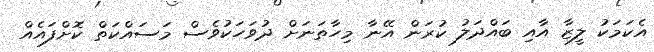
އެކަމަކު ލީޒާ އާއި ބައްދަލު ކުރަން އޭނާ މިހާތަނަށް ދުވަހަކުވެސް މަސައްކަތް ކޮށްފައެއް